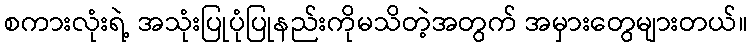
စကားလုံးရဲ့ အသုံးပြုပုံပြုနည်းကိုမသိတဲ့အတွက် အမှားတွေများတယ်။